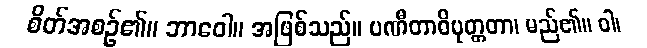
စိတ်အစဉ်၏။ ဘာဝေါ။ အဖြစ်သည်။ ပဏီတာဓိမုတ္တတာ၊ မည်၏။ ဝါ၊